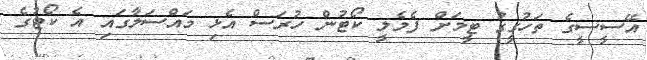
އޭސީސީގެ ތަހުގީގު ޓީމަށް ފެމެލީ ކޯޓުން ހުރަސް އެޅި މައްސަލާގައި އެ ކޯޓުގެ